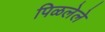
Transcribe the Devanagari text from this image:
पिळलेले